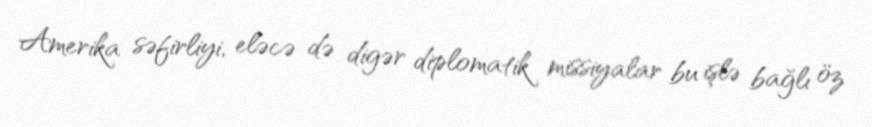
Amerika səfirliyi, eləcə də digər diplomatik missiyalar bu işlə bağlı öz